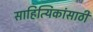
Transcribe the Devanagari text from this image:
साहित्यिकांसाठी